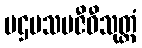
ပဌမသမဇီဝီသုတ္တံ